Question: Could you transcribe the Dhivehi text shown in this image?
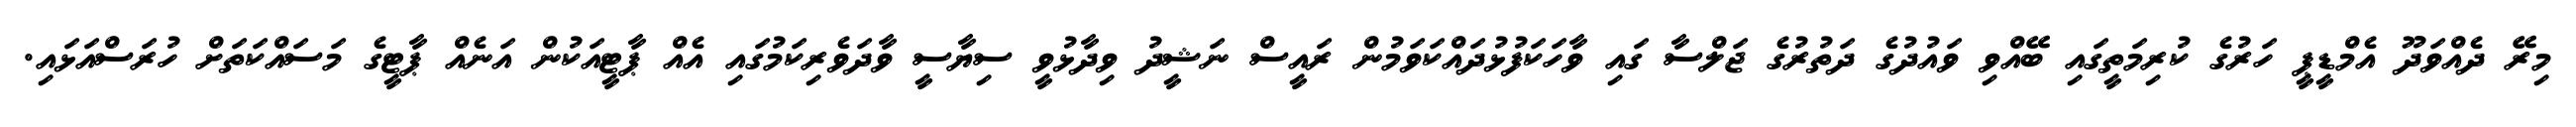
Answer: މިރޭ ދެއްވަދޫ އެމްޑީޕީ ހަރުގެ ކުރިމަތީގައި ބޭއްވި ވައުދުގެ ދަތުރުގެ ޖަލްސާ ގައި ވާހަކަފުޅުދައްކަވަމުން ރައީސް ނަޝީދު ވިދާޅުވީ ސިޔާސީ ވާދަވެރިކަމުގައި އެއް ޕާޓީއަކުން އަނެއް ޕާޓީގެ މަސައްކަތަށް ހުރަސްއަޅައި.